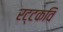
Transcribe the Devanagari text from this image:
रट्टकवि